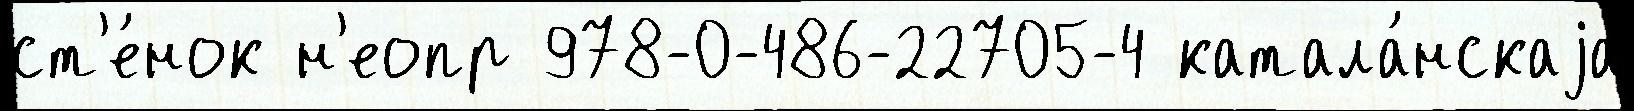
ст'е́нок н'еопр 978-0-486-22705-4 катала́нскаjа